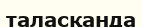
таласқанда